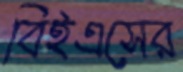
বিইএসের